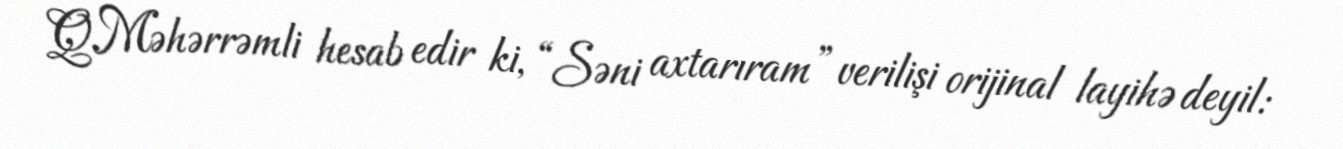
Q.Məhərrəmli hesab edir ki, “Səni axtarıram” verilişi orijinal layihə deyil: